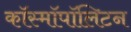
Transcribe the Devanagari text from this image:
कॉस्मॉपॉलिटन